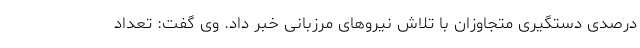
درصدی دستگیری متجاوزان با تلاش نیرو‌های مرزبانی خبر داد. وی گفت: تعداد